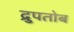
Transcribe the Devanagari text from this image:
द्रुपतोब